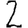
Digit: 2